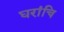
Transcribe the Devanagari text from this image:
घरांचि